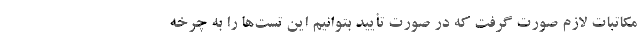
مکاتبات لازم صورت گرفت که در صورت تأیید بتوانیم این تست‌ها را به چرخه